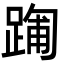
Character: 𮛻